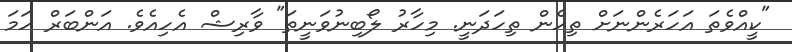
"ކީއްވެތަ އަހަރެންނަށް ތިހެން ތިހަދަނީ. މިހާރު ލޯބިނުވަނީތަ" ވާރިޝް އެހިއެވެ. އަންބަރް ހަމަ